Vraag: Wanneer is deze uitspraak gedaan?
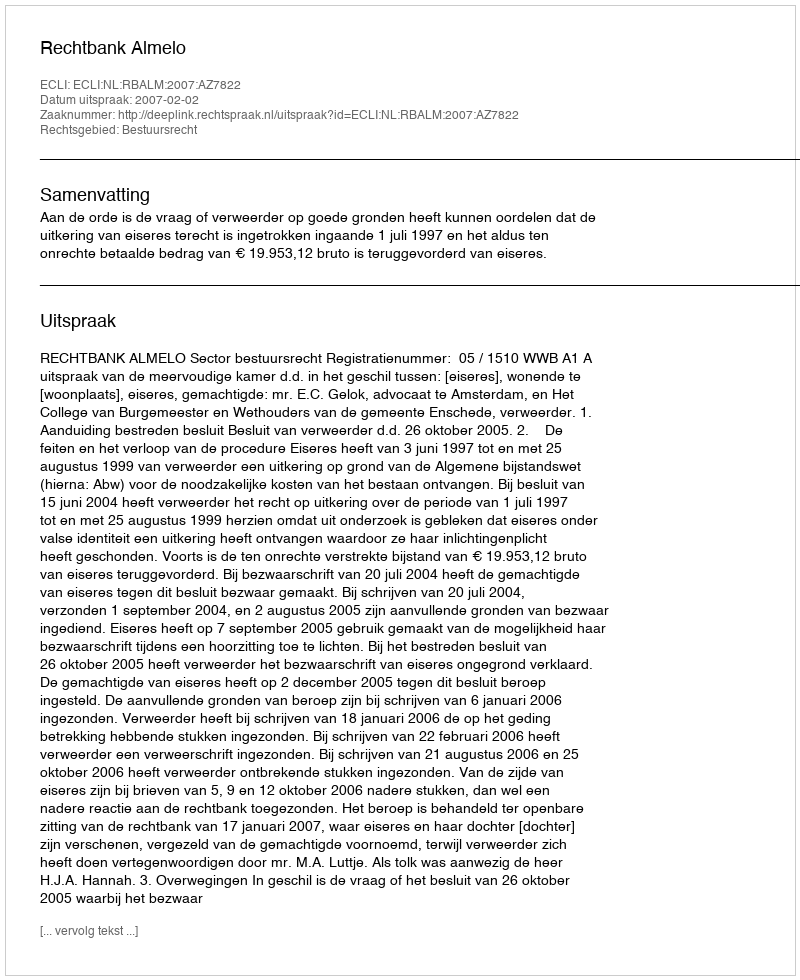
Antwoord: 2007-02-02